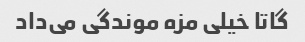
گاتا خیلی مزه موندگی می‌داد